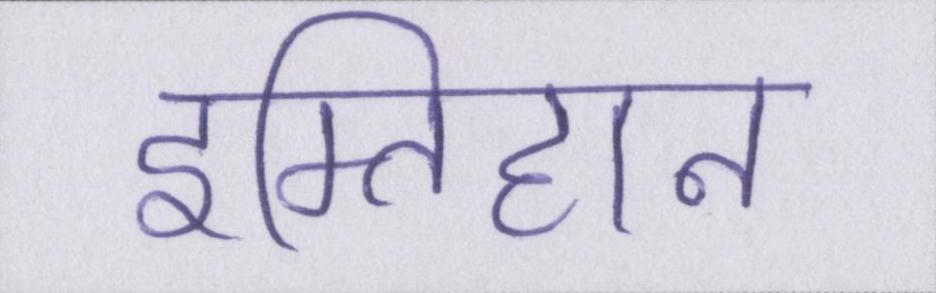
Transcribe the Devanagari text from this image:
इम्तिहान